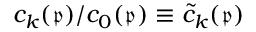
c _ { k } ( \mathfrak { p } ) / c _ { 0 } ( \mathfrak { p } ) \equiv \widetilde { c } _ { k } ( \mathfrak { p } )